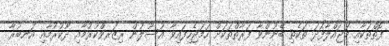
ފޮތްތަކާއި މަޖައްލާފަދަ ތަކެތި ބޭނުންވާ ފަރާތްތަކަށް ހަމަޖެހިފައިވާ އުސޫލުން ރިޒަރވްކުރުމާއި ދޫކުރުމާއި އަނބުރާ